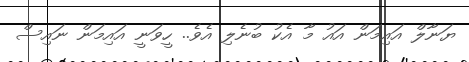
ޔަނާލް އައިމަން އައު މާ އެކު ބުނެލި އެވެ.. ހީވަނީ އައިމަން ނައިސް